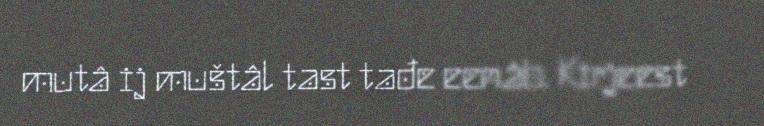
mutâ ij muštâl tast tađe eenâb. Kirjeest